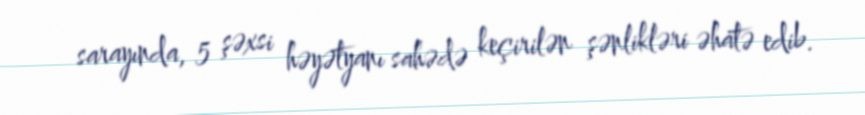
sarayında, 5 şəxsi həyətyanı sahədə keçirilən şənlikləri əhatə edib.